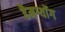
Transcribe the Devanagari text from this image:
हैमग्यॉंग